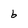
Character: 6